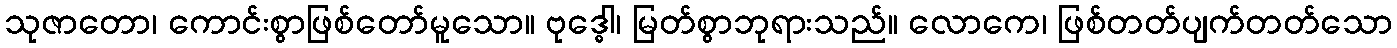
သုဇာတော၊ ကောင်းစွာဖြစ်တော်မူသော။ ဗုဒ္ဓေါ၊ မြတ်စွာဘုရားသည်။ လောကေ၊ ဖြစ်တတ်ပျက်တတ်သော